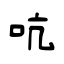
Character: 吭